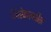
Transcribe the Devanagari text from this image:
मिरेकलमैन